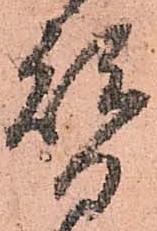
替